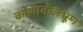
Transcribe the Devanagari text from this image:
कोशातीलभ्रूण